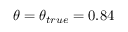
\theta = \theta _ { t r u e } = 0 . 8 4